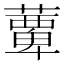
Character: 𫉹